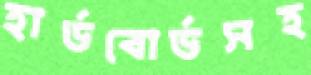
হার্ডবোর্ডসহ